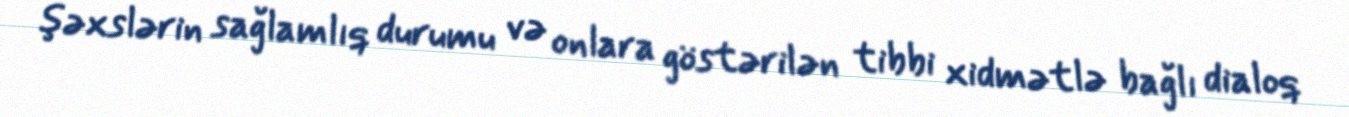
şəxslərin sağlamlıq durumu və onlara göstərilən tibbi xidmətlə bağlı dialoq